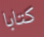
كتابا